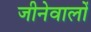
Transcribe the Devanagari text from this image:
जीनेवालों